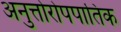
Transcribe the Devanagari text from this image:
अनुत्तोरोपपातिक